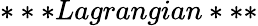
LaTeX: ***Lagrangian***